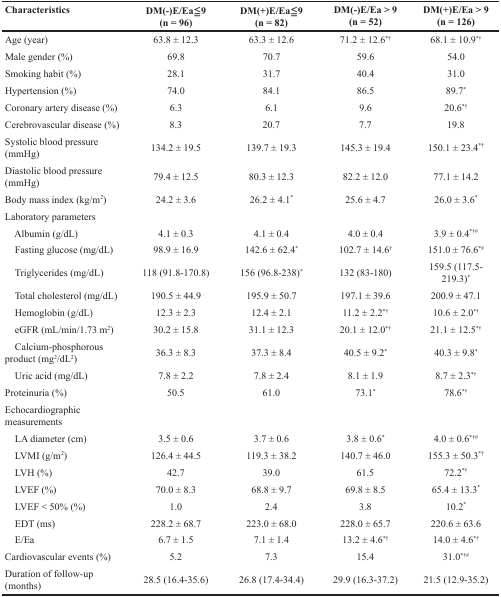
<table><thead><tr><td><b>Characteristics</b></td><td><b>DM(-)E/Ea≦9(n = 96)</b></td><td><b>DM(+)E/Ea≦9(n = 82)</b></td><td><b>DM(-)E/Ea &gt; 9(n = 52)</b></td><td><b>DM(+)E/Ea &gt; 9(n = 126)</b></td></tr></thead><tbody><tr><td>Age (year)</td><td>63.8 ± 12.3</td><td>63.3 ± 12.6</td><td>71.2 ± 12.6<sup>*†</sup></td><td>68.1 ± 10.9<sup>*†</sup></td></tr><tr><td>Male gender (%)</td><td>69.8</td><td>70.7</td><td>59.6</td><td>54.0</td></tr><tr><td>Smoking habit (%)</td><td>28.1</td><td>31.7</td><td>40.4</td><td>31.0</td></tr><tr><td>Hypertension (%)</td><td>74.0</td><td>84.1</td><td>86.5</td><td>89.7<sup>*</sup></td></tr><tr><td>Coronary artery disease (%)</td><td>6.3</td><td>6.1</td><td>9.6</td><td>20.6<sup>*†</sup></td></tr><tr><td>Cerebrovascular disease (%)</td><td>8.3</td><td>20.7</td><td>7.7</td><td>19.8</td></tr><tr><td>Systolic blood pressure (mmHg)</td><td>134.2 ± 19.5</td><td>139.7 ± 19.3</td><td>145.3 ± 19.4</td><td>150.1 ± 23.4<sup>*†</sup></td></tr><tr><td>Diastolic blood pressure (mmHg)</td><td>79.4 ± 12.5</td><td>80.3 ± 12.3</td><td>82.2 ± 12.0</td><td>77.1 ± 14.2</td></tr><tr><td>Body mass index (kg/m<sup>2</sup>)</td><td>24.2 ± 3.6</td><td>26.2 ± 4.1<sup>*</sup></td><td>25.6 ± 4.7</td><td>26.0 ± 3.6<sup>*</sup></td></tr><tr><td>Laboratory parameters</td><td></td><td></td><td></td><td></td></tr><tr><td> Albumin (g/dL)</td><td>4.1 ± 0.3</td><td>4.1 ± 0.4</td><td>4.0 ± 0.4</td><td>3.9 ± 0.4<sup>*†#</sup></td></tr><tr><td> Fasting glucose (mg/dL)</td><td>98.9 ± 16.9</td><td>142.6 ± 62.4<sup>*</sup></td><td>102.7 ± 14.6<sup>†</sup></td><td>151.0 ± 76.6<sup>*#</sup></td></tr><tr><td> Triglycerides (mg/dL)</td><td>118 (91.8-170.8)</td><td>156 (96.8-238)<sup>*</sup></td><td>132 (83-180)</td><td>159.5 (117.5-219.3)<sup>*</sup></td></tr><tr><td> Total cholesterol (mg/dL)</td><td>190.5 ± 44.9</td><td>195.9 ± 50.7</td><td>197.1 ± 39.6</td><td>200.9 ± 47.1</td></tr><tr><td> Hemoglobin (g/dL)</td><td>12.3 ± 2.3</td><td>12.4 ± 2.1</td><td>11.2 ± 2.2<sup>*†</sup></td><td>10.6 ± 2.0<sup>*†</sup></td></tr><tr><td> eGFR (mL/min/1.73 m<sup>2</sup>)</td><td>30.2 ± 15.8</td><td>31.1 ± 12.3</td><td>20.1 ± 12.0<sup>*†</sup></td><td>21.1 ± 12.5<sup>*†</sup></td></tr><tr><td> Calcium-phosphorous product (mg<sup>2</sup>/dL<sup>2</sup>)</td><td>36.3 ± 8.3</td><td>37.3 ± 8.4</td><td>40.5 ± 9.2<sup>*</sup></td><td>40.3 ± 9.8<sup>*</sup></td></tr><tr><td> Uric acid (mg/dL)</td><td>7.8 ± 2.2</td><td>7.8 ± 2.4</td><td>8.1 ± 1.9</td><td>8.7 ± 2.3<sup>*†</sup></td></tr><tr><td>Proteinuria (%)</td><td>50.5</td><td>61.0</td><td>73.1<sup>*</sup></td><td>78.6<sup>*†</sup></td></tr><tr><td>Echocardiographic measurements</td><td></td><td></td><td></td><td></td></tr><tr><td> LA diameter (cm)</td><td>3.5 ± 0.6</td><td>3.7 ± 0.6</td><td>3.8 ± 0.6<sup>*</sup></td><td>4.0 ± 0.6<sup>*†#</sup></td></tr><tr><td> LVMI (g/m<sup>2</sup>)</td><td>126.4 ± 44.5</td><td>119.3 ± 38.2</td><td>140.7 ± 46.0</td><td>155.3 ± 50.3<sup>*†</sup></td></tr><tr><td> LVH (%)</td><td>42.7</td><td>39.0</td><td>61.5</td><td>72.2<sup>*†</sup></td></tr><tr><td> LVEF (%)</td><td>70.0 ± 8.3</td><td>68.8 ± 9.7</td><td>69.8 ± 8.5</td><td>65.4 ± 13.3<sup>*</sup></td></tr><tr><td> LVEF &lt; 50% (%)</td><td>1.0</td><td>2.4</td><td>3.8</td><td>10.2<sup>*</sup></td></tr><tr><td> EDT (ms)</td><td>228.2 ± 68.7</td><td>223.0 ± 68.0</td><td>228.0 ± 65.7</td><td>220.6 ± 63.6</td></tr><tr><td> E/Ea</td><td>6.7 ± 1.5</td><td>7.1 ± 1.4</td><td>13.2 ± 4.6<sup>*†</sup></td><td>14.0 ± 4.6<sup>*†</sup></td></tr><tr><td>Cardiovascular events (%)</td><td>5.2</td><td>7.3</td><td>15.4</td><td>31.0<sup>*†#</sup></td></tr><tr><td>Duration of follow-up (months)</td><td>28.5 (16.4-35.6)</td><td>26.8 (17.4-34.4)</td><td>29.9 (16.3-37.2)</td><td>21.5 (12.9-35.2)</td></tr></tbody></table>